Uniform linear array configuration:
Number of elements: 24
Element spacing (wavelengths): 0.75
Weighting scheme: blackman
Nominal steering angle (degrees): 60
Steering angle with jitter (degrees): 61.347
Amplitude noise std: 0.05
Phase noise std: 0.05

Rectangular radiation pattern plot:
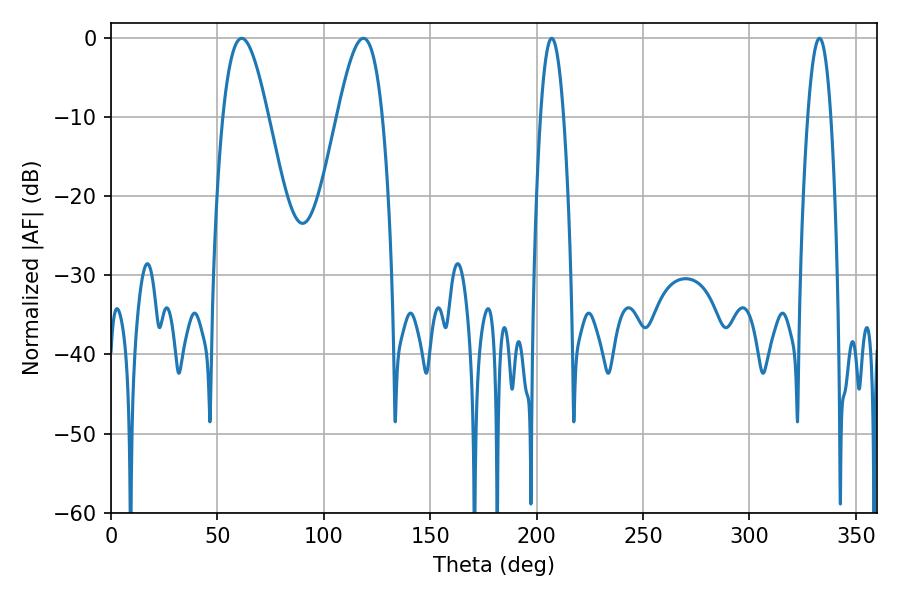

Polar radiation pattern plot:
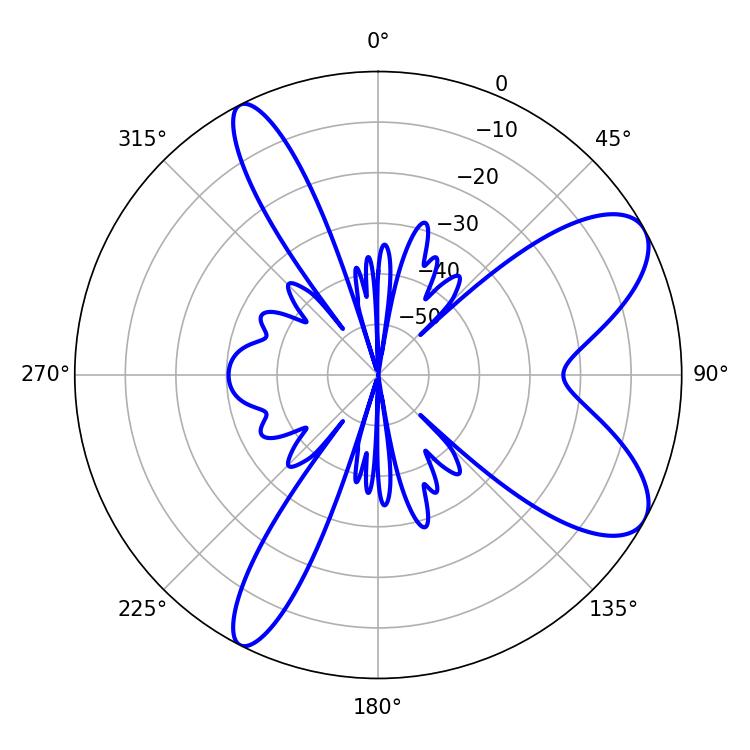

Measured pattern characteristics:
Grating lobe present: TRUE
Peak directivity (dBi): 8.454
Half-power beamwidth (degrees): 11.52
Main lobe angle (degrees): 61.38